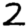
Digit: 2